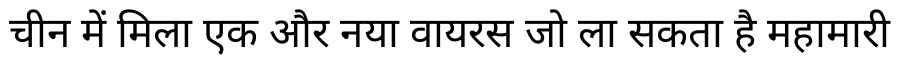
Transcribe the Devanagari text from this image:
चीन में मिला एक और नया वायरस जो ला सकता है महामारी